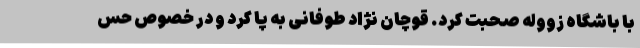
با باشگاه زووله صحبت کرد. قوچان نژاد طوفانی به پا کرد و در خصوص حس